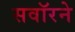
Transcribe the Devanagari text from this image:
सवॉरने